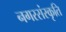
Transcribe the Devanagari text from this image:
नगरसंस्कृति